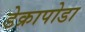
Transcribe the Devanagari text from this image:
डेक्रापोडा